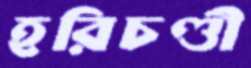
হরিচণ্ডী